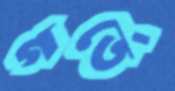
গর্তে